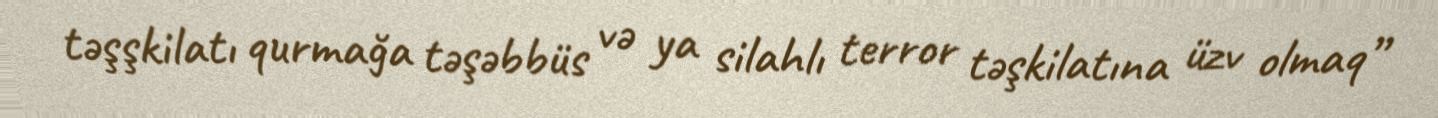
təşşkilatı qurmağa təşəbbüs və ya silahlı terror təşkilatına üzv olmaq”